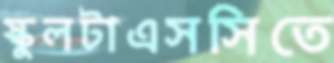
স্কুলটাএসসিতে